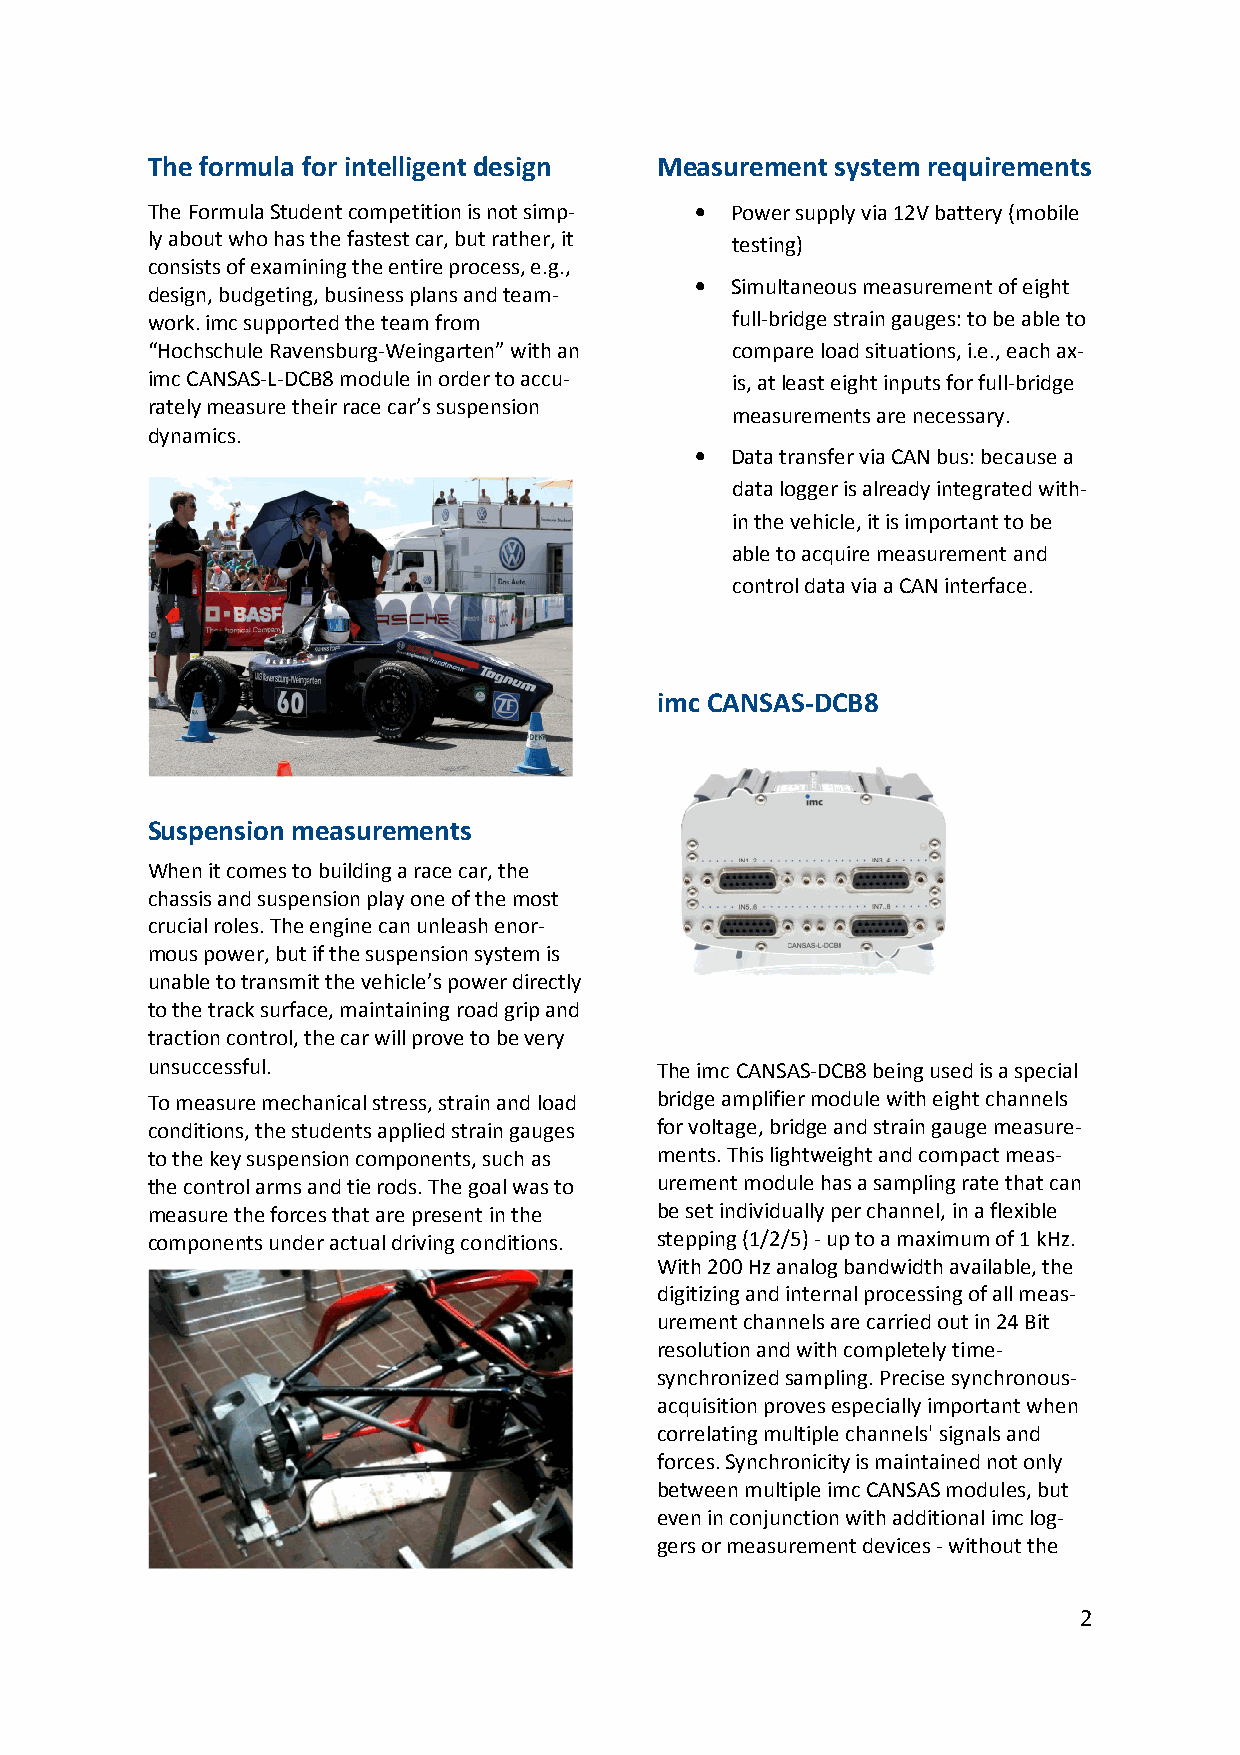
The formula for intelligent design Measurement system requirements
 The Formula Student competition is not simp- • Power supply via 12V battery (mobile
 ly about who has the fastest car, but rather, it testing)
 consists of examining the entire process, e.g.,
 • Simultaneous measurement of eight
 design, budgeting, business plans and team-
 work. imc supported the team from     full-bridge strain gauges: to be able to
 “Hochschule Ravensburg-Weingarten” with an compare load situations, i.e., each ax-
 imc CANSAS-L-DCB8 module in order to accu- is, at least eight inputs for full-bridge
 rately measure their race car’s suspension
 measurements are necessary.
 dynamics.
 • Data transfer via CAN bus: because a
 data logger is already integrated with-
 in the vehicle, it is important to be
 able to acquire measurement and
 control data via a CAN interface.
 imc CANSAS-DCB8
 Suspension measurements
 When it comes to building a race car, the
 chassis and suspension play one of the most
 crucial roles. The engine can unleash enor-
 mous power, but if the suspension system is
 unable to transmit the vehicle’s power directly
 to the track surface, maintaining road grip and
 traction control, the car will prove to be very
 unsuccessful.                    The imc CANSAS-DCB8 being used is a special
 To measure mechanical stress, strain and load bridge amplifier module with eight channels
 conditions, the students applied strain gauges for voltage, bridge and strain gauge measure-
 to the key suspension components, such as ments. This lightweight and compact meas-
 the control arms and tie rods. The goal was to urement module has a sampling rate that can
 measure the forces that are present in the be set individually per channel, in a flexible
 components under actual driving conditions. stepping (1/2/5) - up to a maximum of 1 kHz.
 With 200 Hz analog bandwidth available, the
 digitizing and internal processing of all meas-
 urement channels are carried out in 24 Bit
 resolution and with completely time-
 synchronized sampling. Precise synchronous-
 acquisition proves especially important when
 correlating multiple channels' signals and
 forces. Synchronicity is maintained not only
 between multiple imc CANSAS modules, but
 even in conjunction with additional imc log-
 gers or measurement devices - without the
 2